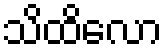
သိထိလော